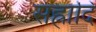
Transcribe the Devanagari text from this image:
संह्नादि